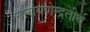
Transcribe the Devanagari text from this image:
नारायणेन्द्रतीर्थ